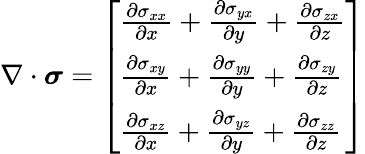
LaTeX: \nabla\cdot{\boldsymbol{\sigma}}={\left[\begin{array}{l}{{\frac{\partial\sigma_{xx}}{\partial x}}+{\frac{\partial\sigma_{yx}}{\partial y}}+{\frac{\partial\sigma_{zx}}{\partial z}}}\\ {{\frac{\partial\sigma_{xy}}{\partial x}}+{\frac{\partial\sigma_{yy}}{\partial y}}+{\frac{\partial\sigma_{zy}}{\partial z}}}\\ {{\frac{\partial\sigma_{xz}}{\partial x}}+{\frac{\partial\sigma_{yz}}{\partial y}}+{\frac{\partial\sigma_{zz}}{\partial z}}}\end{array}\right]}